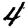
Digit: 4